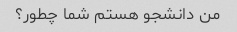
من دانشجو هستم شما چطور؟